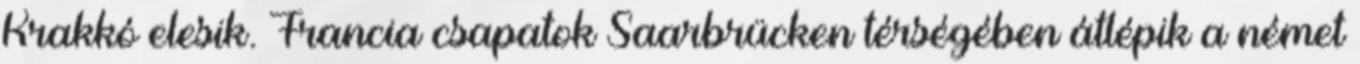
Krakkó elesik. Francia csapatok Saarbrücken térségében átlépik a német